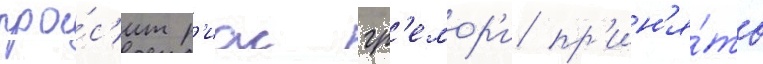
про́с'ит р'иас гр'емор'и пр'ин'я́ть